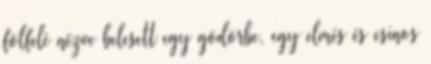
fölfelé nézve belesett egy gödörbe, egy elmés és csinos